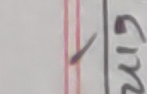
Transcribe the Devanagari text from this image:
ग्राम